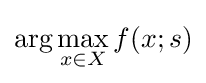
\arg \max \limits _{x\in X}f(x;s)